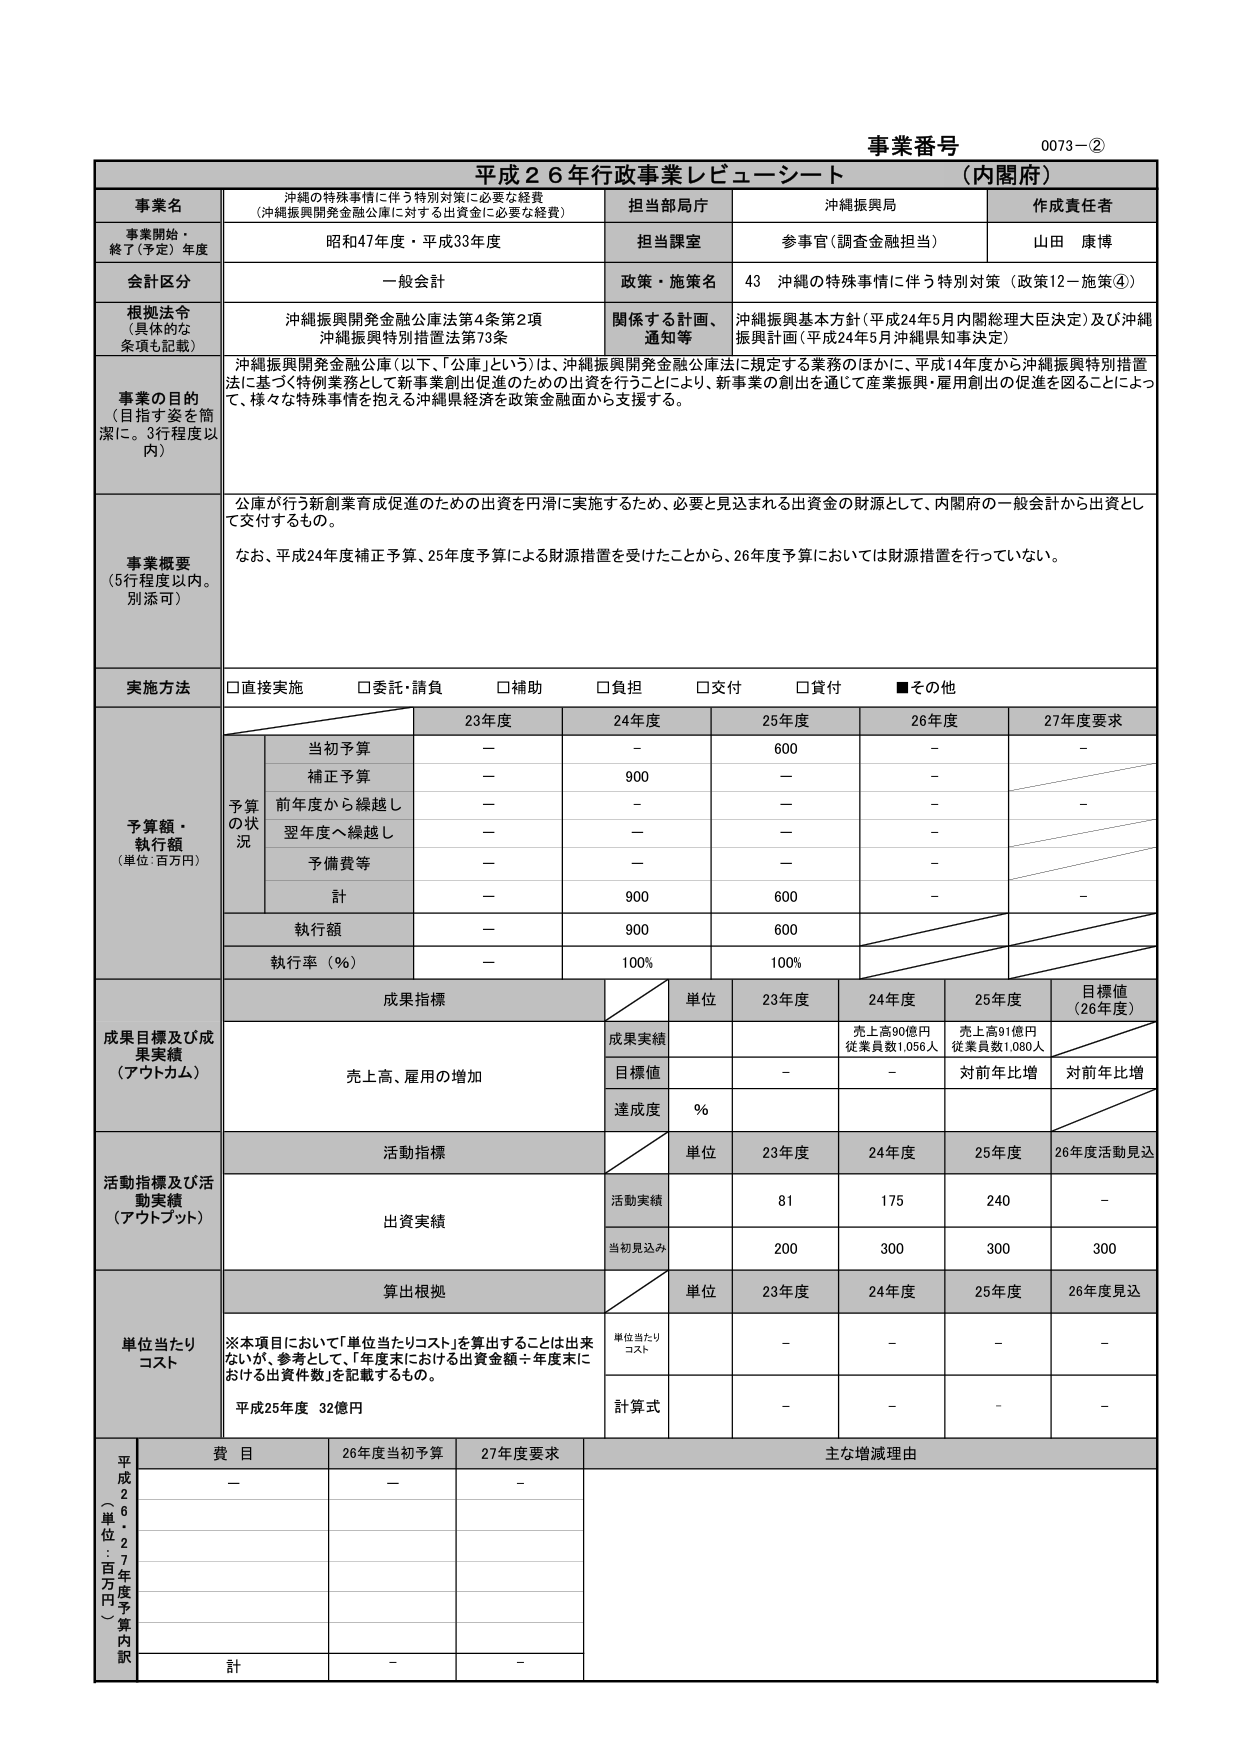
事業番号 0073－②
平成26年行政事業レビューーシート （内閣府）

事業名
沖縄の特殊事情に伴う特別対策に必要な経費
（沖縄振興開発金融公庫に対する出資金に必要な経費）

担当部局庁
沖縄振興局

作成責任者
山田 康博

事業開始・終了（予定）年度
昭和47年度・平成33年度

担当課室
参事官（調査金融担当）

会計区分
一般会計

政策・施策名
43 沖縄の特殊事情に伴う特別対策（政策12－施策④）

根拠法令（具体的な条項も記載）
沖縄振興開発金融公庫法第4条第2項
沖縄振興特別措置法第73条

関係する計画、通知等
沖縄振興基本方針（平成24年5月内閣総理大臣決定）及び沖縄振興計画（平成24年5月沖縄県知事決定）

事業の目的（目指す姿を簡潔に。3行程度以内）
沖縄振興開発金融公庫（以下、「公庫」という）は、沖縄振興開発金融公庫法に規定する業務のほかに、平成14年度から沖縄振興特別措置法に基づく特別業務として新事業創出促進のための出資を行うことにより、新事業の創出を通じて産業振興・雇用創出の促進を図ることによって、様々な特殊事情を抱える沖縄県経済を政策金融面から支援する。

事業概要（5行程度以内。別添可）
公庫が行う新創業育成促進のための出資を円滑に実施するため、必要と見込まれる出資金の財源として、内閣府の一般会計から出資として交付するもの。
なお、平成24年度補正予算、25年度予算による財源措置を受けたことから、26年度予算においては財源措置を行っていない。

実施方法
□直接実施 □委託・請負 □補助 □負担 □交付 □貸付 ■その他

予算額・執行額（単位：百万円）
予算の状況
23年度 24年度 25年度 26年度 27年度要求
当初予算 － － 600 － －
補正予算 － 900 － －
前年度から繰越し － － － － －
翌年度へ繰越し － － － －
予備費等 － － － －
計 － 900 600 － －
執行額 － 900 600
執行率（％） － 100％ 100％

成果目標及び成果実績（アウトカム）
成果指標
単位 23年度 24年度 25年度 目標値（26年度）
成果実績 売上高90億円 従業員数1,056人 売上高91億円 従業員数1,080人
目標値 － － 対前年比増 対前年比増
達成度 ％

活動指標及び活動実績（アウトプット）
活動指標
単位 23年度 24年度 25年度 26年度活動見込
活動実績 出資実績 81 175 240 －
当初見込み 200 300 300 300

単位当たりコスト
※本項目において「単位当たりコスト」を算出することは出来ないが、参考として、「年度末における出資金額÷年度末における出資件数」を記載するもの。
平成25年度 32億円
単位当たりコスト － － － －
計算式 － － － －

平成26年度予算内訳（単位：百万円）
費目 26年度当初予算 27年度要求 主な増減理由
－ － －
計 － －